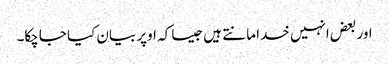
اور بعض انہیں خدا مانتے ہیں جیسا کہ اوپر بیان کیا جاچکا۔